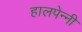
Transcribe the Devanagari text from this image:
हालपेन्नी